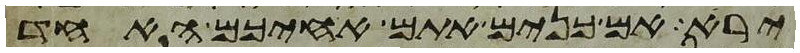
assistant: ירא אם כנים אתם אחיכם האחד